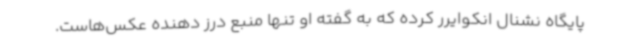
پایگاه نشنال انکوایرر کرده که به گفته او تنها منبع درز دهنده عکس‌هاست.